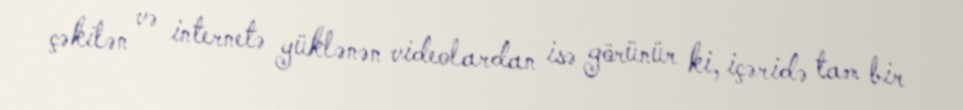
çəkilən və internetə yüklənən videolardan isə görünür ki, içəridə tam bir